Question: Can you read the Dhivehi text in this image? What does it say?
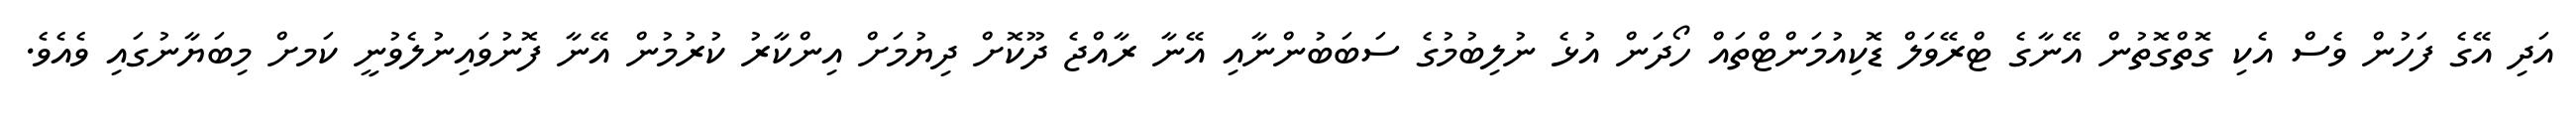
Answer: އަދި އޭގެ ފަހުން ވެސް އެކި ގޮތްގޮތުން އޭނާގެ ޓްރޭވަލް ޑޮކިއުމަންޓްތައް ހޯދަން އުޅެ ނުލިބުމުގެ ސަބަބުންނާއި އޭނާ ރާއްޖެ ދޫކޮށް ދިޔުމަށް އިންކާރު ކުރުމުން އޭނާ ފޮނުވައިނުލެވުނީ ކަމށް މިބަޔާނުގައި ވެއެވެ.